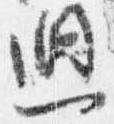
廻